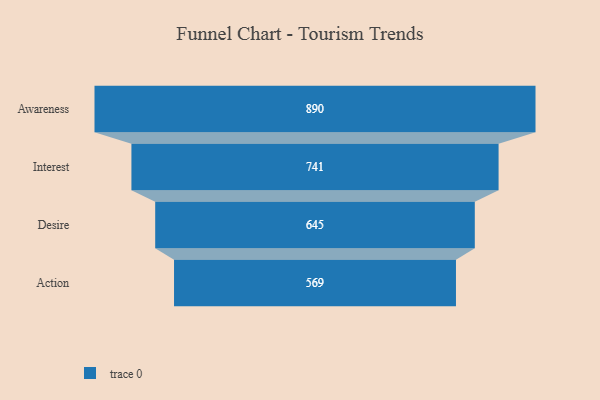
{"axis": {"x": "Stage", "y": "Value"}, "legend": [""], "data": [{"x": "Awareness", "y": 890.0, "type": ""}, {"x": "Interest", "y": 741.0, "type": ""}, {"x": "Desire", "y": 645.0, "type": ""}, {"x": "Action", "y": 569.0, "type": ""}]}